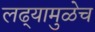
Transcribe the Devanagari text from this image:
लढ्यामुळेच